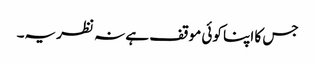
جس کا اپنا کوئی موقف ہے نہ نظریہ۔